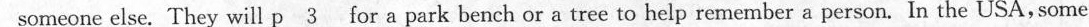
someone else. They will \underline{p3} for a park bench or a tree to help remember a person. In the USA, some